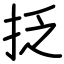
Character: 抸